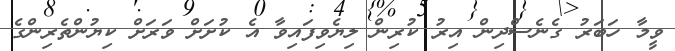
ވީމާ ހަބަރު ގެނެސްދިން އިރު ކުރިން ލިޔެވިފައިވާ އެ ކުށަށް ވަރަށް ކިޔުންތެރިންގެ